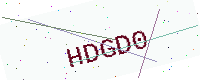
Text: HDGD0